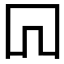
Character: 𠕄